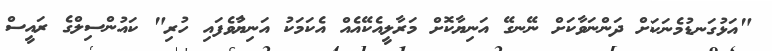
"އަޅުގަނޑުމެނަކަށް ދަންނަވާކަށް ނޭނގޭ އަނިޔާކޮށް މަރާލީއެކޭއެއް އެކަމަކު އަނިޔުާވެފައި ހުރި" ކައުންސިލްގެ ރައީސް